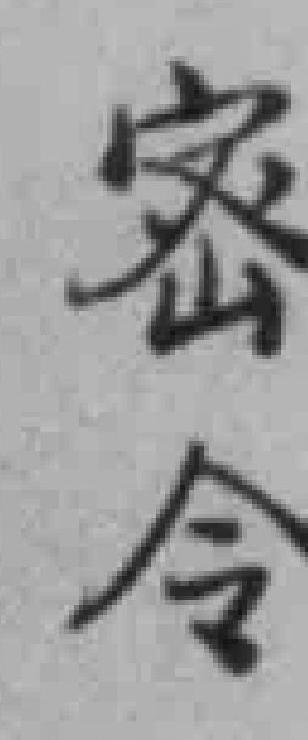
密令